Vaccination North-Western Provinces 1866-1877 - 1866-1877
Year: 1866
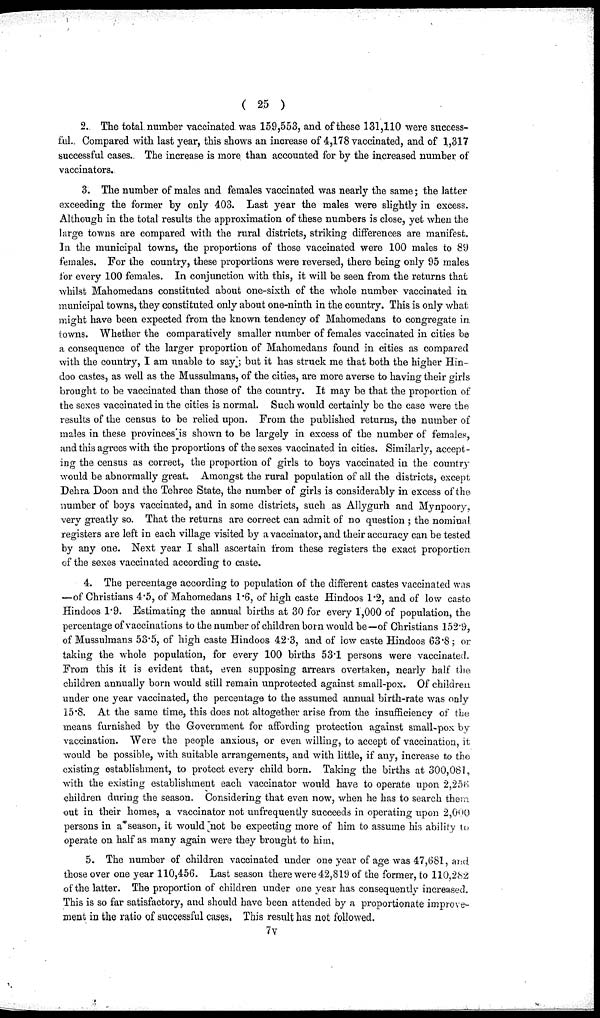
( 25 )
2. The total number vaccinated was 159,553, and of these 131,110 were success-
ful. Compared with last year, this shows an increase of 4,178 vaccinated, and of 1,317
successful cases. The increase is more than accounted for by the increased number of
vaccinators.
3. The number of males and females vaccinated was nearly the same; the latter
exceeding the former by only 403. Last year the males were slightly in excess.
Although in the total results the approximation of these numbers is close, yet when the
large towns are compared with the rural districts, striking differences are manifest.
In the municipal towns, the proportions of those vaccinated were 100 males to 89
females. For the country, these proportions were reversed, there being only 95 males
for every 100 females. In conjunction with this, it will be seen from the returns that
whilst Mahomedans constituted about one-sixth of the whole number vaccinated in
municipal towns, they constituted only about one-ninth in the country. This is only what
might have been expected from the known tendency of Mahomedans to congregate in
towns. Whether the comparatively smaller number of females vaccinated in cities be
a consequence of the larger proportion of Mahomedans found in cities as compared
with the country, I am unable to say ; but it has struck me that both the higher Hin-
doo castes, as well as the Mussulmans, of the cities, are more averse to having their girls
brought to be vaccinated than those of the country. It may be that the proportion of
the sexes vaccinated in the cities is normal. Such would certainly be the case were the
results of the census to be relied upon. From the published returns, the number of
males in these provinces'is shown to be largely in excess of the number of females,
and this agrees with the proportions of the sexes vaccinated in cities. Similarly, accept-
ing the census as correct, the proportion of girls to boys vaccinated in the country
would be abnormally great. Amongst the rural population of all the districts, except
Dehra Doon and the Tehree State, the number of girls is considerably in excess of the
number of boys vaccinated, and in some districts, such as Allygurh and Mynpoory,
very greatly so. That the returns are correct can admit of no question ; the nominal,
registers are left in each village visited by a vaccinator, and their accuracy can be tested
by any one. Next year I shall ascertain from these registers the exact proportion.
of the sexes vaccinated according to caste.
4. The percentage according to population of the different castes vaccinated was
—of Christians 4.5, of Mahomedans 1.6, of high caste Hindoos 1.2, and of low caste
Hindoos 1.9. Estimating the annual births at 30 for every 1,000 of population, the
percentage of vaccinations to the number of children born would be—of Christians 152.9,
of Mussulmans 53.5, of high caste Hindoos 42.3, and of low caste Hindoos 63.8; or
taking the whole population, for every 100 births 53.1 persons were vaccinated.
From this it is evident that, even supposing arrears overtaken, nearly half the
children annually born would still remain unprotected against small-pox. Of children
under one year vaccinated, the percentage to the assumed annual birth-rate was only
15.8. At the same time, this does not altogether arise from the insufficiency of the
means furnished by the Government for affording protection against small-pox by
vaccination. Were the people anxious, or even willing, to accept of vaccination, it
would be possible, with suitable arrangements, and with little, if any, increase to the
existing establishment, to protect every child born. Taking the births at 300,081,
with the existing establishment each vaccinator would have to operate upon 2,256
children during the season. Considering that even now, when he has to search them
out in their homes, a vaccinator not unfrequently succeeds in operating upon 2,000
persons in a season, it would not be expecting more of him to assume his ability to
operate on half as many again were they brought to him,
5. The number of children vaccinated under one year of age was 47,681, and.
those over one year 110,456. Last season there were 42,819 of the former, to 110,282
of the latter. The proportion of children under one year has consequently increased.
This is so far satisfactory, and should have been attended by a proportionate improve-
ment in the ratio of successful cases. This result has not followed.
7v